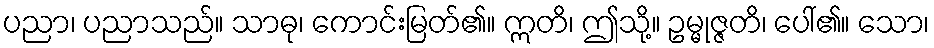
ပညာ၊ ပညာသည်။ သာဓု၊ ကောင်းမြတ်၏။ ဣတိ၊ ဤသို့။ ဥမ္မုဇ္ဇတိ၊ ပေါ်၏။ သော၊